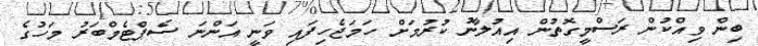
ބިން ވިއްކުން ރަސްމީގޮތުން އިއުލާނު ކުރުމަށް ހަމަޖެހިފައި ވަނީ އަންނަ ސެޕްޓެމްބަރު މަހުގެ